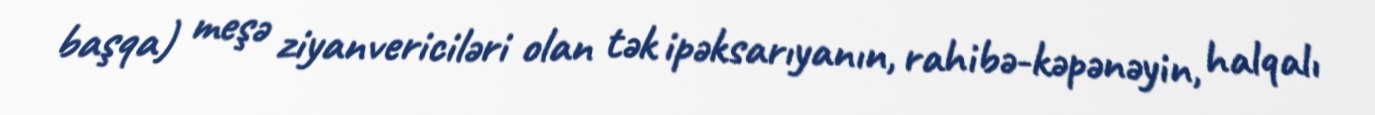
başqa) meşə ziyanvericiləri olan tək ipəksarıyanın, rahibə-kəpənəyin, halqalı